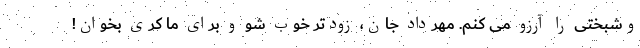
وشبختی را آرزو می کنم. مهرداد جان، زودتر خوب شو و برای ما کری بخوان!